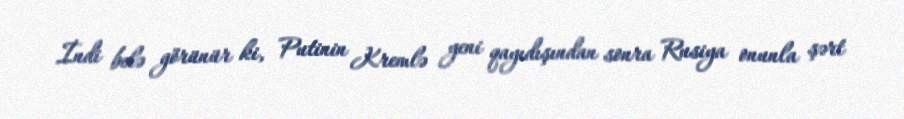
İndi belə görünür ki, Putinin Kremlə yeni qayıdışından sonra Rusiya onunla şərt